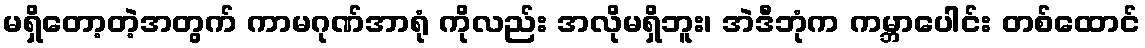
မရှိတော့တဲ့အတွက် ကာမဂုဏ်အာရုံ ကိုလည်း အလိုမရှိဘူး၊ အဲဒီဘုံက ကမ္ဘာပေါင်း တစ်ထောင်